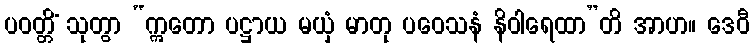
ပဝတ္တိံ သုတွာ “ဣတော ပဋ္ဌာယ မယှံ မာတု ပဝေသနံ နိဝါရေထာ”တိ အာဟ။ ဒေဝီ